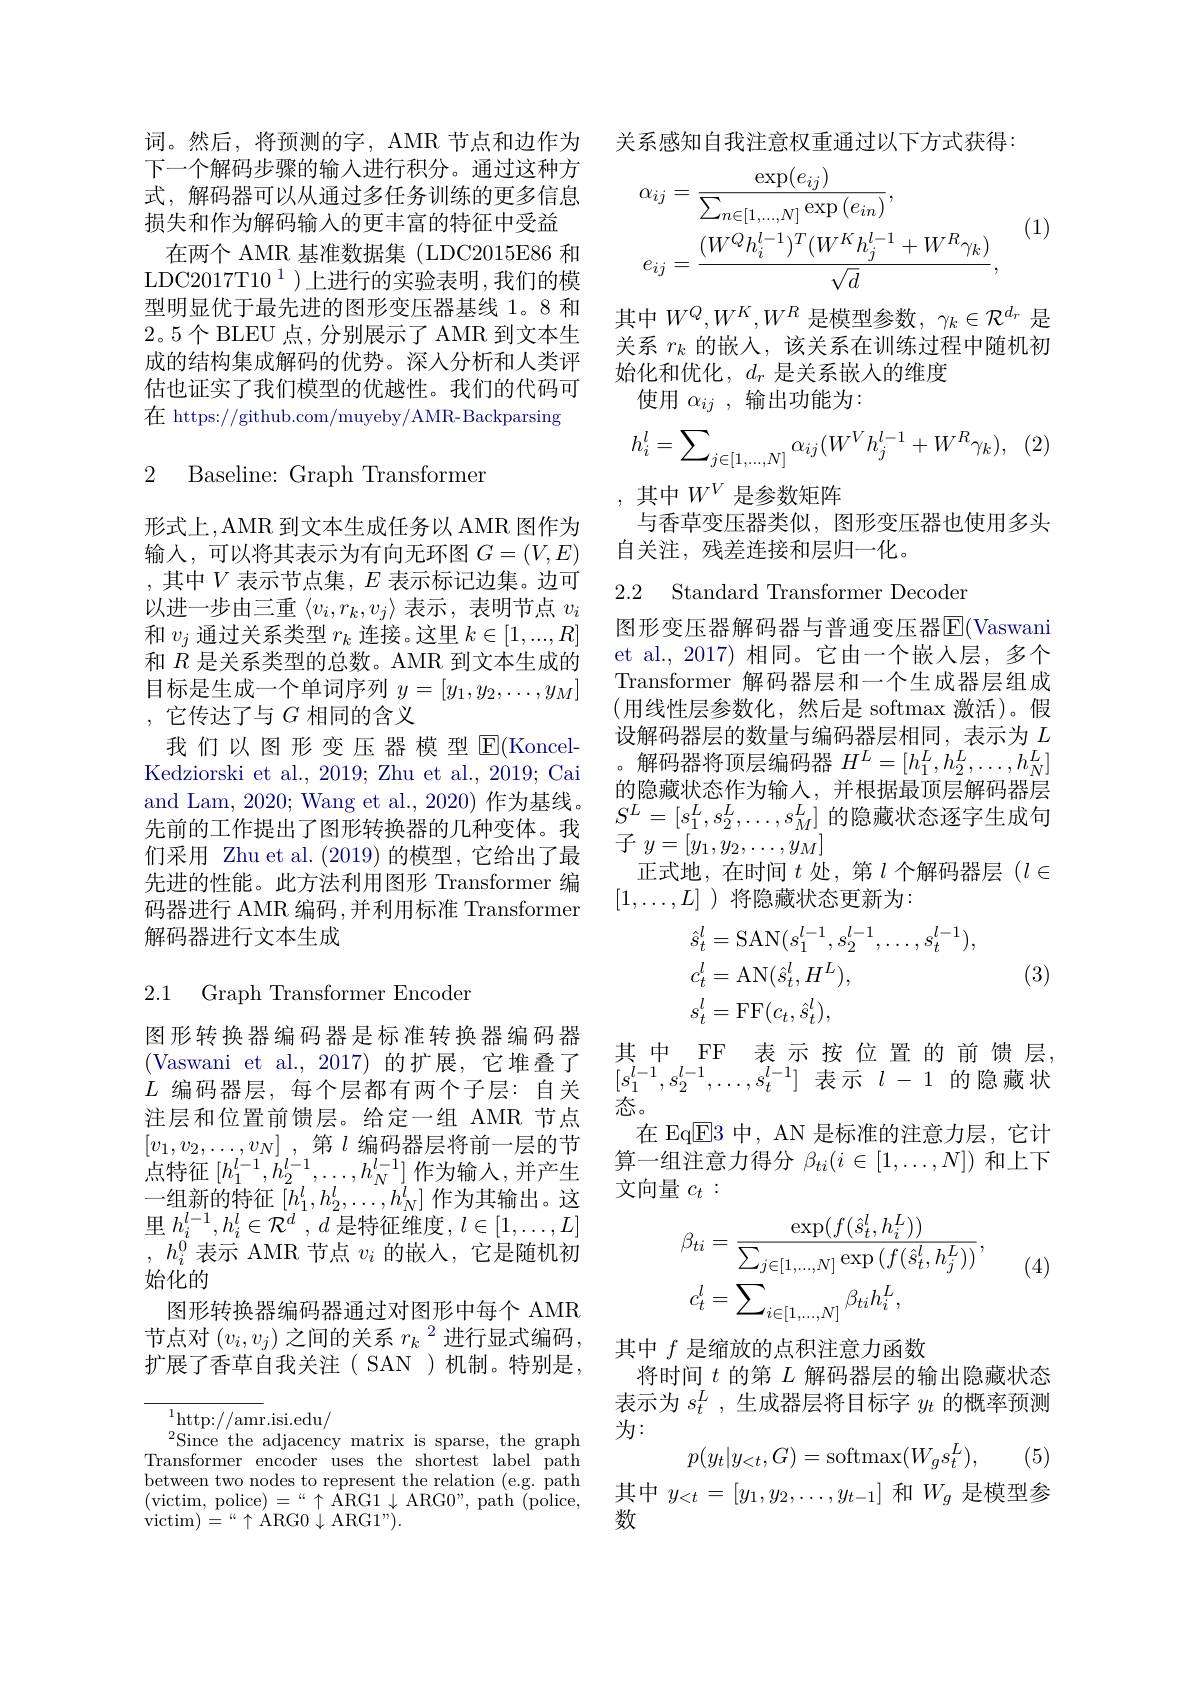
词。然后，将预测的字，AMR 节点和边作为下一个解码步骤的输入进行积分。通过这种方式，解码器可以从通过多任务训练的更多信息损失和作为解码输入的更丰富的特征中受益
在两个 AMR 基准数据集 (LDC2015E86 和LDC2017T10$^1$)上进行的实验表明，我们的模型明显优于最先进的图形变压器基线 1。8 和2。5个BLEU 点，分别展示了 AMR 到文本生成的结构集成解码的优势。深人分析和人类评估也证实了我们模型的优越性。我们的代码可在 https://github.com/muyeby/AMR-Backparsing

## 2 Baseline: Graph Transformer

形式上，AMR 到文本生成任务以 AMR 图作为输入，可以将其表示为有向无环图$G=(V,E)$ ,其中$V$表示节点集$,E$表示标记边集。边可以进一步由三重$\langle v_i,r_k,v_j\rangle$表示，表明节点$v_i$ 和$v_j$通过关系类型$r_k$连接。这里$k\in[1,...,R]$ 和$\dot{R}$是关系类型的总数。AMR 到文本生成的目标是生成一个单词序列$y=[y_1,y_2,\ldots,y_M]$ ,它传达了与$G$ 相同的含义
我们以图形变压器模型$\operatorname{E}($KoncelKedziorski et al., 2019; Zhu et al., 2019; Cai and Lam, 2020; Wang et al., 2020) 作为基线。先前的工作提出了图形转换器的几种变体。我们采用 Zhu et al.(2019)的模型，它给出了最先进的性能。此方法利用图形 Transformer 编码器进行 AMR 编码 ,并利用标准 Transformer 解码器进行文本生成

2.1 Graph Transformer Encoder

图形转换器编码器是标准转换器编码器(Vaswani et al.,2017)的扩展，它堆叠了$L$编码器层，每个层都有两个子层：自关注层和位置前馈层。给定一组 AMR 节点$[ v_1, v_2, \ldots , v_N]$ ,第$l$编码器层将前一层的节点特征$[h_{1}^{l-1},h_{2}^{l-1},\ldots,h_{N}^{l-1}]$作为输入，并产生一组新的特征$\left[h_1^l,h_2^l,\ldots,h_N^l\right]$作为其输出。这里$h_i^{l- 1}, h_i^{l}\in \mathcal{R} ^d$ , $d$是特征维度，$l\in [ 1, \ldots , L]$ $,h_i^{0}$表示 AMR 节点 $v_i$ 的嵌入，它是随机初始化的
图形转换器编码器通过对图形中每个 AMR 节点对$(v_i,v_j)$之间的关系$r_k$ $^2$进行显式编码， 扩展了香草自我关注(SAN)机制。特别是，

$^{1}$http://amr.isi.edu/
$^{2}$Since the adjacency matrix is sparse, the graph Transformer encoder uses the shortest label path between two nodes to represent the relation (e.g. path (victim, police$)=“\uparrow$ARG1$\downarrow$ARG$0”$,path(police, $\operatorname{victim})=“\uparrow$ ARG0$\downarrow$ARG1”).

关系感知自我注意权重通过以下方式获得：
$$\begin{aligned}&\alpha_{ij}=\frac{\exp(e_{ij})}{\sum_{n\in[1,...,N]}\exp{(e_{in})}},\\&e_{ij}=\frac{(W^{Q}h_{i}^{l-1})^{T}(W^{K}h_{j}^{l-1}+W^{R}\gamma_{k})}{\sqrt{d}},\end{aligned}$$
(1)

其中$W^Q,W^K,W^R$是模型参数，$\gamma_k\in\mathcal{R}^d_r$是关系$r_k$的嵌入，该关系在训练过程中随机初始化和优化，$d_r$是关系嵌入的维度
使用$\alpha_{ij}$ ,输出功能为：
$$\begin{aligned}h_i^l=\sum_{j\in[1,...,N]}\alpha_{ij}(W^Vh_j^{l-1}+W^R\gamma_k),\end{aligned}$$
,其中$W^V$是参数矩阵
与香草变压器类似，图形变压器也使用多头
自关注，残差连接和层归一化。

2.2 Standard Transformer Decoder

图形变压器解码器与普通变压器$\overline{\mathrm{E}}($Vaswani et al., 2017) 相同。它由一个嵌人层，多个Transformer 解码器层和一个生成器层组成(用线性层参数化，然后是 softmax 激活)。假设解码器层的数量与编码器层相同，表示为$L$ 。解码器将顶层编码器$H^L=[h_1^L,h_2^L,\ldots,h_N^L]$ 的隐藏状态作为输入，并根据最顶层解码器层$\begin{array}{l}{S^{L}=[s_{1}^{L},s_{2}^{L},\ldots,s_{M}^{L}]\text{ 的隐藏状态逐字生成句}}\\\end{array}$ $\operatorname { \text{子 }}$ $y= [ y_{1}, y_{2}, \ldots , y_{M}]$
正式地，在时间$t$处，第$l$个解码器层$(l\in$
$[1,\ldots,L]$ )将隐藏状态更新为：
$$\begin{aligned}&\hat{s}_{t}^{l}=\mathrm{SAN}(s_{1}^{l-1},s_{2}^{l-1},\ldots,s_{t}^{l-1}),\\&c_{t}^{l}=\mathrm{AN}(\hat{s}_{t}^{l},H^{L}),\\&s_{t}^{l}=\mathrm{FF}(c_{t},\hat{s}_{t}^{l}),\end{aligned}$$
(3)

其中 FF 表示按位置的前馈层， $\begin{array}{c}{[s_{1}^{l-1},s_{2}^{l-1},\ldots,s_{t}^{l-1}]}&{\text{表示 }l-1}\end{array}$的隐藏状态。
在 Eq$\overline{\mathrm{E}}3$中，AN 是标准的注意力层，它计算一组注意力得分$\beta_ti(i\in[1,\ldots,N])$和上下文向量$c_t:$

(4)
$$\begin{aligned}&\beta_{ti}=\frac{\exp(f(\hat{s}_{t}^{l},h_{i}^{L}))}{\sum_{j\in[1,...,N]}\exp{(f(\hat{s}_{t}^{l},h_{j}^{L}))}},\\&c_{t}^{l}=\sum_{i\in[1,...,N]}\beta_{ti}h_{i}^{L},\end{aligned}$$
其中$f$是缩放的点积注意力函数
将时间$t$的第$L$解码器层的输出隐藏状态表示为$s_t^L$,生成器层将目标字$y_t$的概率预测为：
$$p(y_t|y_{<t},G)=\mathrm{softmax}(W_gs_t^L),$$
(5)

其中$y_{<t}=[y_1,y_2,\ldots,y_{t-1}]$和$W_g$是模型参
数